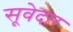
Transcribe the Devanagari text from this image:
सूवेदार